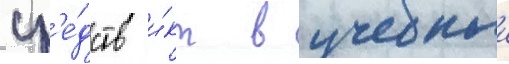
ср'е́дств и́кт в учебныи